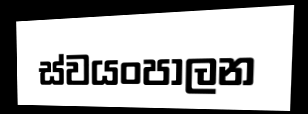
ස්වයංපාලන